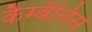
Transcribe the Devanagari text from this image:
कैम्बैसिस